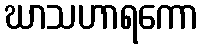
ဃာသဟာရကော